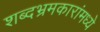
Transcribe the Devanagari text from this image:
शब्दभ्रमकारांमध्ये